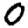
Digit: 0